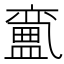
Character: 𱲝